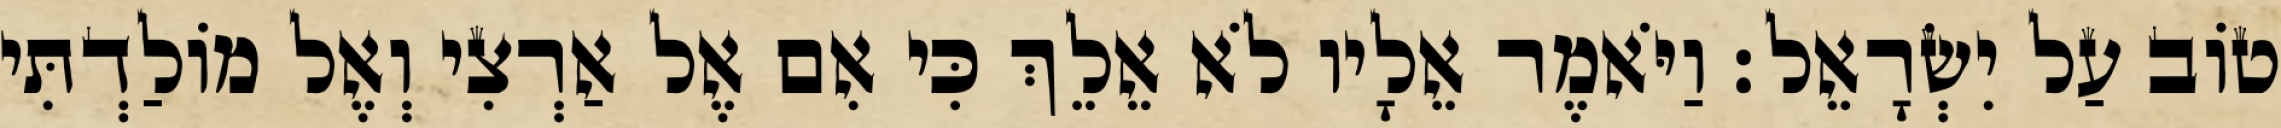
טוֹב עַל יִשְׂרָאֵל׃ וַיֹּאמֶר אֵלָיו לֹא אֵלֵךְ כִּי אִם אֶל אַרְצִי וְאֶל מוֹלַדְתִּי